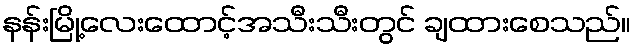
နန်းမြို့လေးထောင့်အသီးသီးတွင် ချထားစေသည်။